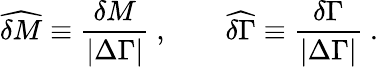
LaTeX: \widehat{\delta M}\equiv{\frac{\delta M}{|\Delta\Gamma|}}\ ,\qquad\widehat{\delta\Gamma}\equiv{\frac{\delta\Gamma}{|\Delta\Gamma|}}\ .